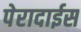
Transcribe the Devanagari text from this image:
पेरादाईस